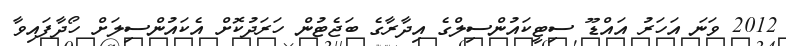
2012 ވަނަ އަހަރު އައްޑޫ ސިޓީކައުންސިލްގެ އިދާރާގެ ބަޖެޓުން ހަރަދުކޮށް އެކައުންސިލަށް ހޯދާފައިވާ